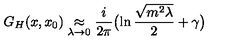
G _ { H } ( x , x _ { 0 } ) \mathrel { \mathop { \approx } _ { \lambda \rightarrow 0 } } { \frac { i } { 2 \pi } } \bigl ( \ln { \frac { \sqrt { m ^ { 2 } \lambda } } { 2 } } + \gamma \bigr )